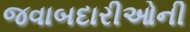
જવાબદારીઓની